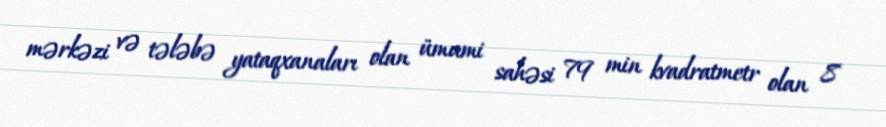
mərkəzi və tələbə yataqxanaları olan ümumi sahəsi 79 min kvadratmetr olan 8